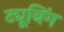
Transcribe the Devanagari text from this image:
ट्यूबिंग